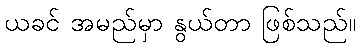
ယခင် အမည်မှာ နွယ်တာ ဖြစ်သည်။